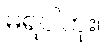
မရပါဘူး။